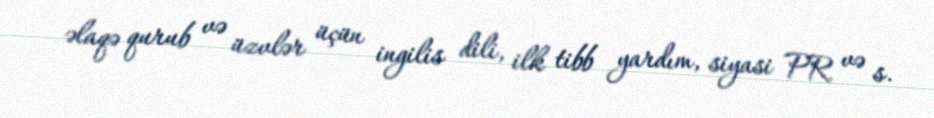
əlaqə qurub və üzvlər üçün ingilis dili, ilk tibb yardım, siyasi PR və s.